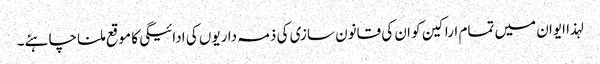
لہذا ایوان میں تمام اراکین کو ان کی قانون سازی کی ذمہ داریوں کی ادائیگی کا موقع ملنا چاہئے۔